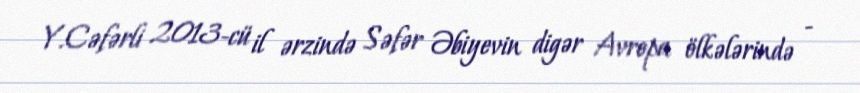
Y.Cəfərli 2013-cü il ərzində Səfər Əbiyevin digər Avropa ölkələrində -